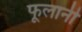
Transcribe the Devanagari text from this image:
फूलानी